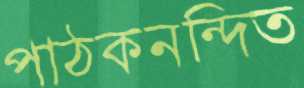
পাঠকনন্দিত